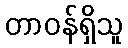
တာဝန်ရှိသူ